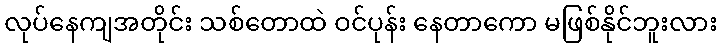
လုပ်နေကျအတိုင်း သစ်တောထဲ ဝင်ပုန်း နေတာကော မဖြစ်နိုင်ဘူးလား